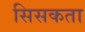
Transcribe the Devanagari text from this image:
सिसकता